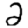
Digit: 2